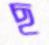
ছ